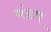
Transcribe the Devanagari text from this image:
मंडपं